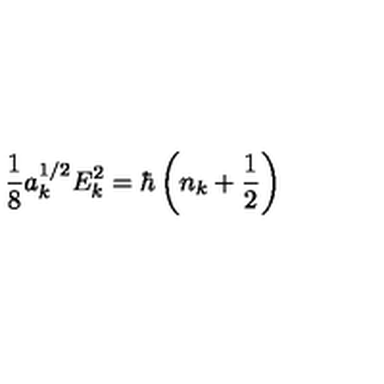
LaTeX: \frac { 1 } { 8 } a _ { k } ^ { 1 / 2 } E _ { k } ^ { 2 } = \hbar \left( n _ { k } + \frac { 1 } { 2 } \right)